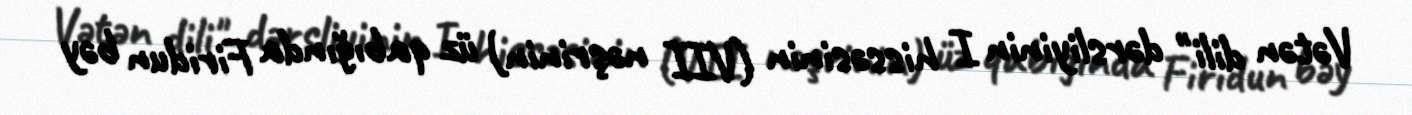
Vətən dili" dərsliyinin I hissəsinin (VII nəşrinin) üz qabığında Firidun bəy